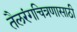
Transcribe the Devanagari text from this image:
तैलरंगचित्रणासाठी